General report no. 6 on the lunatic asylums, vaccination and dispensaries in the Bengal Presidency, 1873 -
Year: 1873
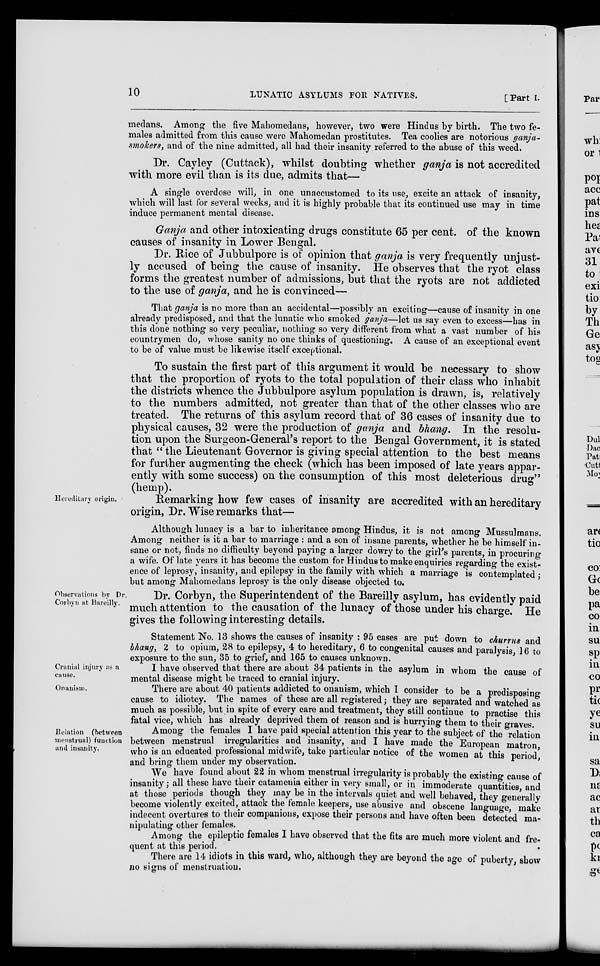
10
LUNATIC ASYLUMS FOR NATIVES.
[Part I.
medans. Among the five Mahomedans, however, two were Hindus by birth. The two fe-
males admitted from this cause were Mahomedan prostitutes. Tea coolies are notorious ganja-
smokers, and of the nine admitted, all had their insanity referred to the abuse of this weed.
Dr. Cayley (Cuttack), whilst doubting whether ganja is not accredited
with more evil than is its due, admits that—
A single overdose will, in one unaccustomed to its use, excite an attack of insanity,
which will last for several weeks, and it is highly probable that its continued use may in time
induce permanent mental disease.
Ganja and other intoxicating drugs constitute 65 per cent. of the known
causes of insanity in Lower Bengal.
Dr. Rice of Jubbulpore is of opinion that ganja is very frequently unjust-
ly accused of being the cause of insanity. He observes that the ryot class
forms the greatest number of admissions, but that the ryots are not addicted
to the use of ganja, and he is convinced—
That ganja is no more than an accidental—possibly an exciting—cause of insanity in one
already predisposed, and that the lunatic who smoked ganja—let us say even to excess—has in
this done nothing so very peculiar, nothing so very different from what a vast number of his
countrymen do, whose sanity no one thinks of questioning. A cause of an exceptional event
to be of value must be likewise itself exceptional.
To sustain the first part of this argument it would be necessary to show
that the proportion of ryots to the total population of their class who inhabit
the districts whence the Jubbulpore asylum population is drawn, is, relatively
to the numbers admitted, not greater than that of the other classes who are
treated. The returns of this asylum record that of 36 cases of insanity due to
physical causes, 32 were the production of ganja and bhang. In the resolu-
tion upon the Surgeon-General's report to the Bengal Government, it is stated
that " the Lieutenant Governor is giving special attention to the best means
for further augmenting the check (which has been imposed of late years appar-
ently with some success) on the consumption of this most deleterious drug"
(hemp).
Hereditary origin.
Remarking how few cases of insanity are accredited with an hereditary
origin, Dr. Wise remarks that—
Although lunacy is a bar to inheritance among Hindus, it is not among Mussulmans.
Among neither is it a bar to marriage : and a son of insane parents, whether he be himself in-
sane or not, finds no difficulty beyond paying a larger dowry to the girl's parents, in procuring
a wife. Of late years it has become the custom for Hindus to make enquiries regarding the exist-
ence of leprosy, insanity, and epilepsy in the family with which a marriage is contemplated ;
but among Mahomedans leprosy is the only disease objected to.
Observations by Dr.
Corbyn at Bareilly.
Dr. Corbyn, the Superintendent of the Bareilly asylum, has evidently paid
much attention to the causation of the lunacy of those under his charge. He
gives the following interesting details.
Statement No. 13 shows the causes of insanity : 95 cases are put down to churrus and
bhang, 2 to opium, 28 to epilepsy, 4 to hereditary, 6 to congenital causes and paralysis, 16 to
exposure to the sun. 35 to grief, and 165 to causes unknown.
Cranial injury as a
cause.
I have observed that there are about 34 patients in the asylum in whom the cause of
mental disease might be traced to cranial injury.
Onanism.
There are about 40 patients addicted to onanism, which I consider to be a predisposing
cause to idiotcy. The names of these are all registered,- they are separated and watched as
much as possible, but in spite of every care and treatment, they still continue to practise this
fatal vice, which has already deprived them of reason and is hurrying them to their graves.
Relation (between
menstrual) function
and insanity.
Among the females I have paid special attention this year to the subject of the relation
between menstrual irregularities and insanity, and I have made the European matron,
who is an educated professional midwife, take particular notice of the women at this period,
and bring them under my observation.
We have found about 22 in whom menstrual irregularity is probably the existing cause of
insanity; all these have their catamenia either in very small, or in immoderate quantities, and
at those periods though they may be in the intervals quiet and well behaved, they generally
become violently excited, attack the female keepers, use abusive and obscene language, make
indecent overtures to their companions, expose their persons and have often been detected ma-
nipulating other females.
Among the epileptic females I have observed that the fits are much more violent and fre-
quent at this period.
There are 14 idiots in this ward, who, although they are beyond the age of puberty, show
no signs of menstruation.